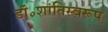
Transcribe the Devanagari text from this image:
डॉ॰शांतिस्वरूप